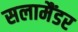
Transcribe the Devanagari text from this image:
सलामैंडर